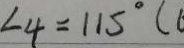
\angle 4 = 1 1 5 ^ { \circ } (